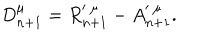
D _ { n + 1 } ^ { \mu } = R _ { n + 1 } ^ { \prime \ \mu } - A _ { n + 1 } ^ { \prime \ \mu } .